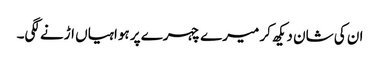
ان کی شان دیکھ کر میرے چہرے پر ہواہیاں اڑنے لگی۔